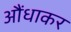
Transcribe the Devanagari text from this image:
औंधाकर